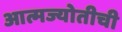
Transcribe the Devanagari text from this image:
आत्मज्योतीची